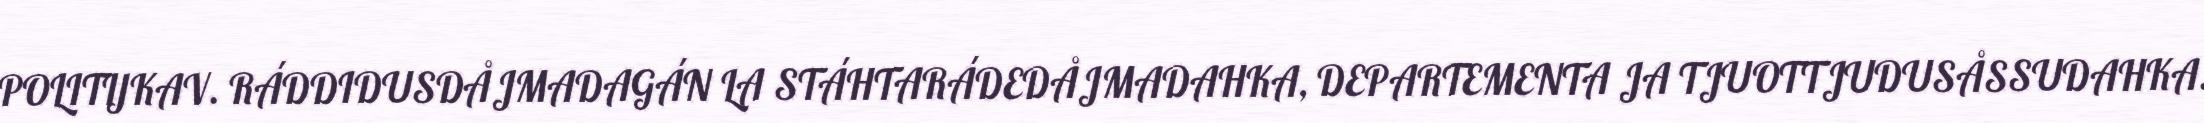
POLITIJKAV. RÁDDIDUSDÅJMADAGÁN LA STÁHTARÁDEDÅJMADAHKA, DEPARTEMENTA JA TJUOTTJUDUSÅSSUDAHKA.